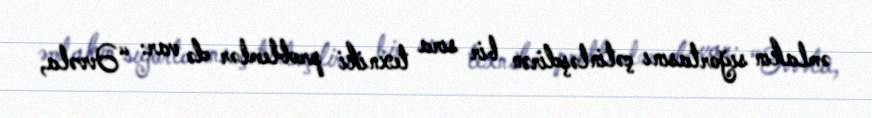
əmlakın sığortasını çətinləşdirən bir sıra texniki problemlər də var: “Əvvəla,